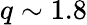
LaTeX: q\sim 1.8